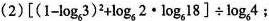
（2）$$[ ( 1 - l o g _ { 6 } ， 3